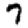
Digit: 7